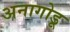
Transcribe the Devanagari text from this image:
अनागोडू